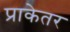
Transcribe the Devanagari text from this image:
प्राकेतर